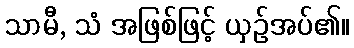
သာမီ, သံ အဖြစ်ဖြင့် ယှဉ်အပ်၏။